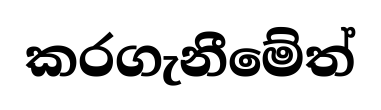
කරගැනීමේත්